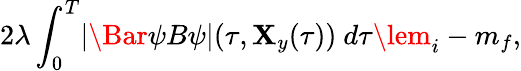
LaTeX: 2\lambda\int_{0}^{T}\lvert\Bar{\psi}B\psi\rvert(\tau,\mathbf{X}_{y}(\tau))\ d\tau\lem_{i}-m_{f},